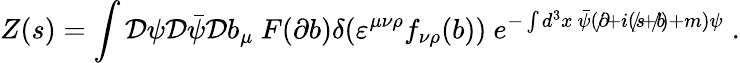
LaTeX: Z(s)=\int{\cal D}\psi{\cal D}\bar{\psi}{\cal D}b_{\mu}~F(\partial b)\delta(\varepsilon^{\mu\nu\rho}f_{\nu\rho}(b))~e^{-\int d^{3}x~\bar{\psi}(\partial\! \! \! /+i(s\! \! \! /+b\! \! \! /)+m)\psi}\; .